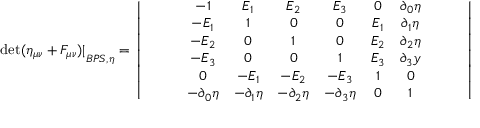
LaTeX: { \operatorname * { d e t } ( \eta _ { \mu \nu } + F _ { \mu \nu } ) | } _ { B P S , \eta } = \left| \begin{array} { c } { { \begin{array} { c c } { { \begin{array} { c c c } { { \begin{array} { c c c c } { { \begin{array} { c c c c c } { { \begin{array} { c c c c c c } { { - 1 } } & { { E _ { 1 } } } & { { E _ { 2 } } } & { { E _ { 3 } } } & { { 0 } } & { { \partial _ { 0 } \eta } } \\ { { - E _ { 1 } } } & { { 1 } } & { { 0 } } & { { 0 } } & { { E _ { 1 } } } & { { \partial _ { 1 } \eta } } \\ { { - E _ { 2 } } } & { { 0 } } & { { 1 } } & { { 0 } } & { { E _ { 2 } } } & { { \partial _ { 2 } \eta } } \\ { { - E _ { 3 } } } & { { 0 } } & { { 0 } } & { { 1 } } & { { E _ { 3 } } } & { { \partial _ { 3 } y } } \\ { { 0 } } & { { - E _ { 1 } } } & { { - E _ { 2 } } } & { { - E _ { 3 } } } & { { 1 } } & { { 0 } } \\ { { - \partial _ { 0 } \eta } } & { { - \partial _ { 1 } \eta } } & { { - \partial _ { 2 } \eta } } & { { - \partial _ { 3 } \eta } } & { { 0 } } & { { 1 } } \end{array} } } \end{array} } } \end{array} } } \end{array} } } \end{array} } } \end{array} \right|